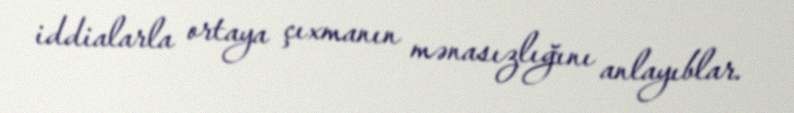
iddialarla ortaya çıxmanın mənasızlığını anlayıblar.